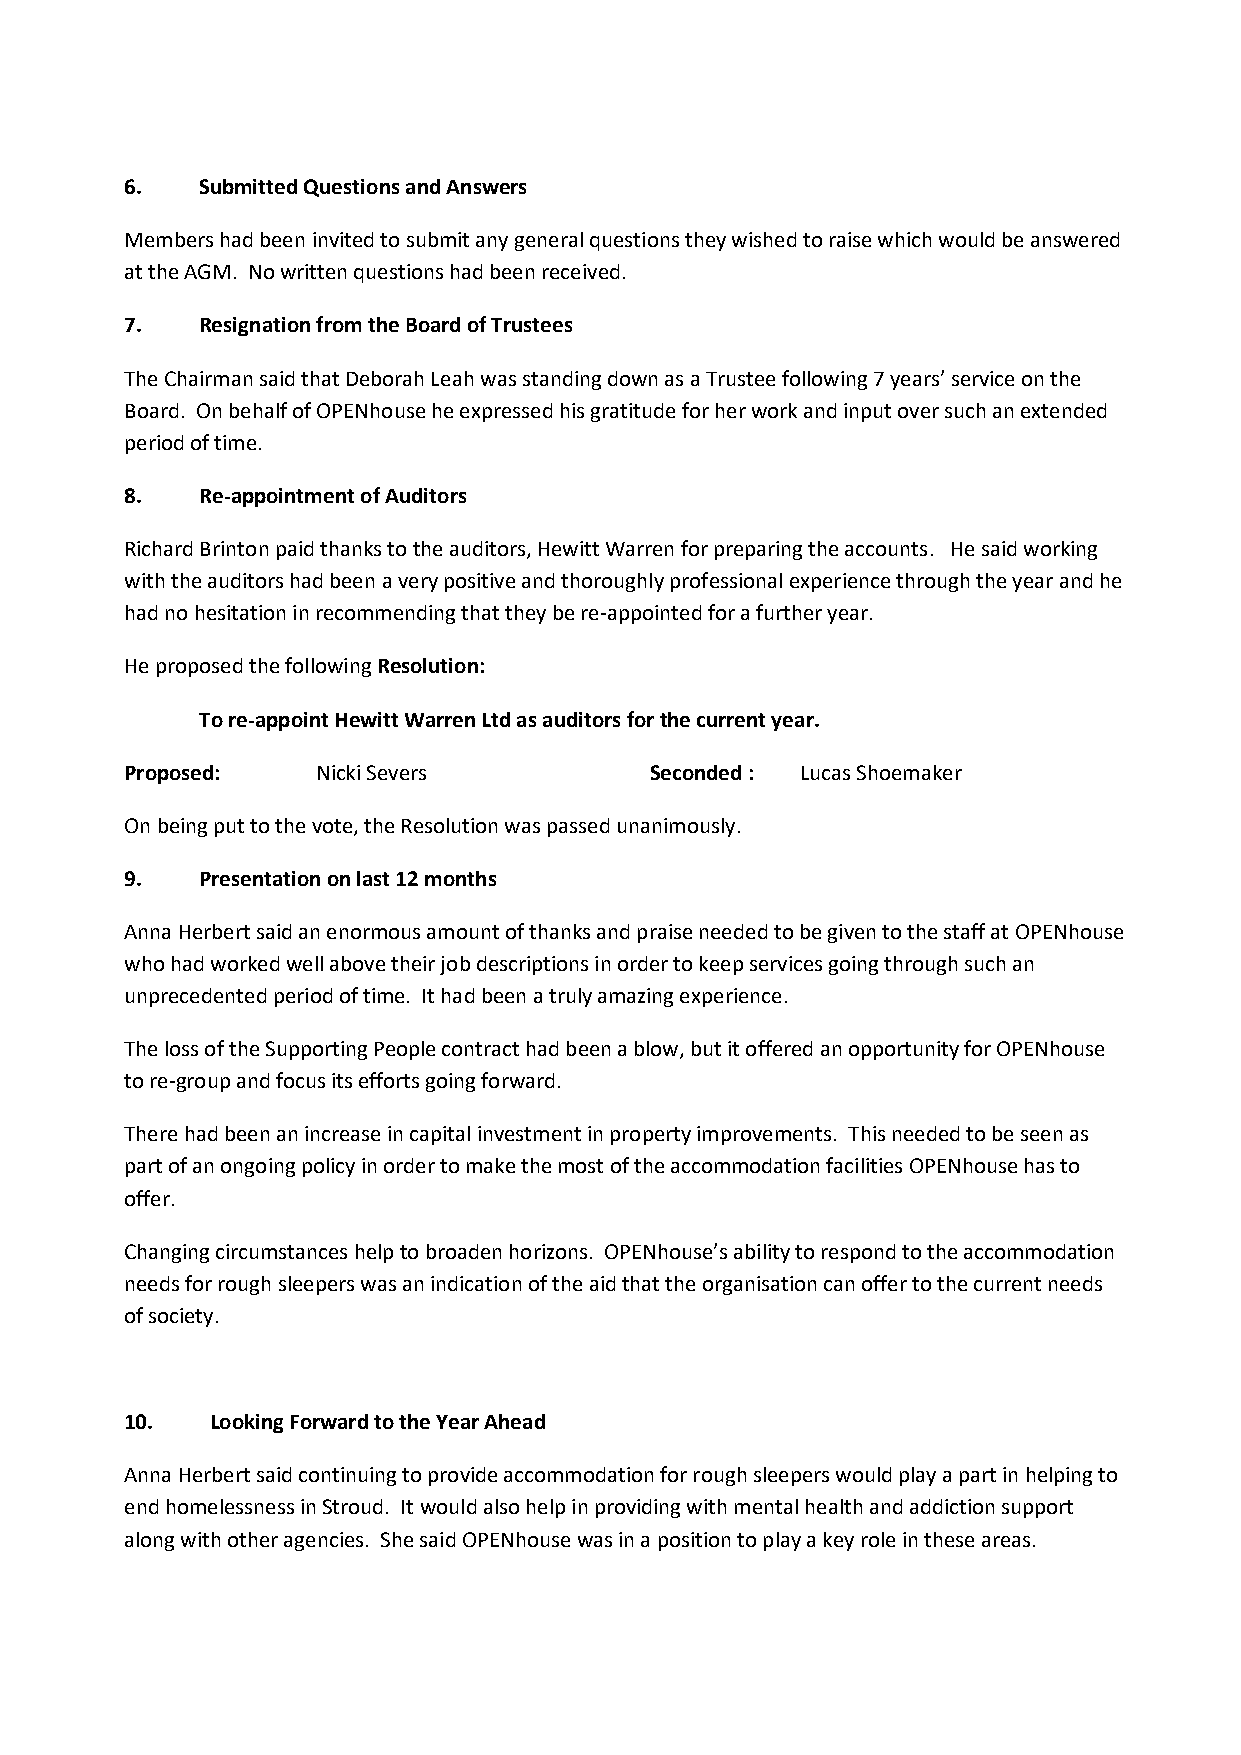
6.   Submitted Questions and Answers
 Members had been invited to submit any general questions they wished to raise which would be answered
 at the AGM. No written questions had been received.
 7.   Resignation from the Board of Trustees
 The Chairman said that Deborah Leah was standing down as a Trustee following 7 years’ service on the
 Board. On behalf of OPENhouse he expressed his gratitude for her work and input over such an extended
 period of time.
 8.   Re-appointment of Auditors
 Richard Brinton paid thanks to the auditors, Hewitt Warren for preparing the accounts. He said working
 with the auditors had been a very positive and thoroughly professional experience through the year and he
 had no hesitation in recommending that they be re-appointed for a further year.
 He proposed the following Resolution:
 To re-appoint Hewitt Warren Ltd as auditors for the current year.
 Proposed:    Nicki Severs          Seconded : Lucas Shoemaker
 On being put to the vote, the Resolution was passed unanimously.
 9.   Presentation on last 12 months
 Anna Herbert said an enormous amount of thanks and praise needed to be given to the staff at OPENhouse
 who had worked well above their job descriptions in order to keep services going through such an
 unprecedented period of time. It had been a truly amazing experience.
 The loss of the Supporting People contract had been a blow, but it offered an opportunity for OPENhouse
 to re-group and focus its efforts going forward.
 There had been an increase in capital investment in property improvements. This needed to be seen as
 part of an ongoing policy in order to make the most of the accommodation facilities OPENhouse has to
 offer.
 Changing circumstances help to broaden horizons. OPENhouse’s ability to respond to the accommodation
 needs for rough sleepers was an indication of the aid that the organisation can offer to the current needs
 of society.
 10.   Looking Forward to the Year Ahead
 Anna Herbert said continuing to provide accommodation for rough sleepers would play a part in helping to
 end homelessness in Stroud. It would also help in providing with mental health and addiction support
 along with other agencies. She said OPENhouse was in a position to play a key role in these areas.